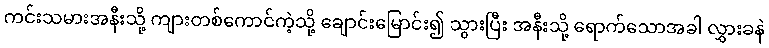
ကင်းသမားအနီးသို့ ကျားတစ်ကောင်ကဲ့သို့ ချောင်းမြောင်း၍ သွားပြီး အနီးသို့ ရောက်သောအခါ လွှားခနဲ